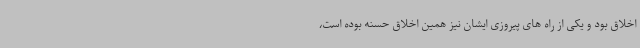
اخلاق بود و یکی از راه های پیروزی ایشان نیز همین اخلاق حسنه بوده است،